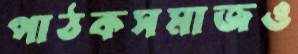
পাঠকসমাজও